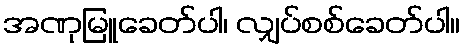
အဏုမြူခေတ်ပါ၊ လျှပ်စစ်ခေတ်ပါ။